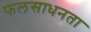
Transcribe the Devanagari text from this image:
फलसाधनता